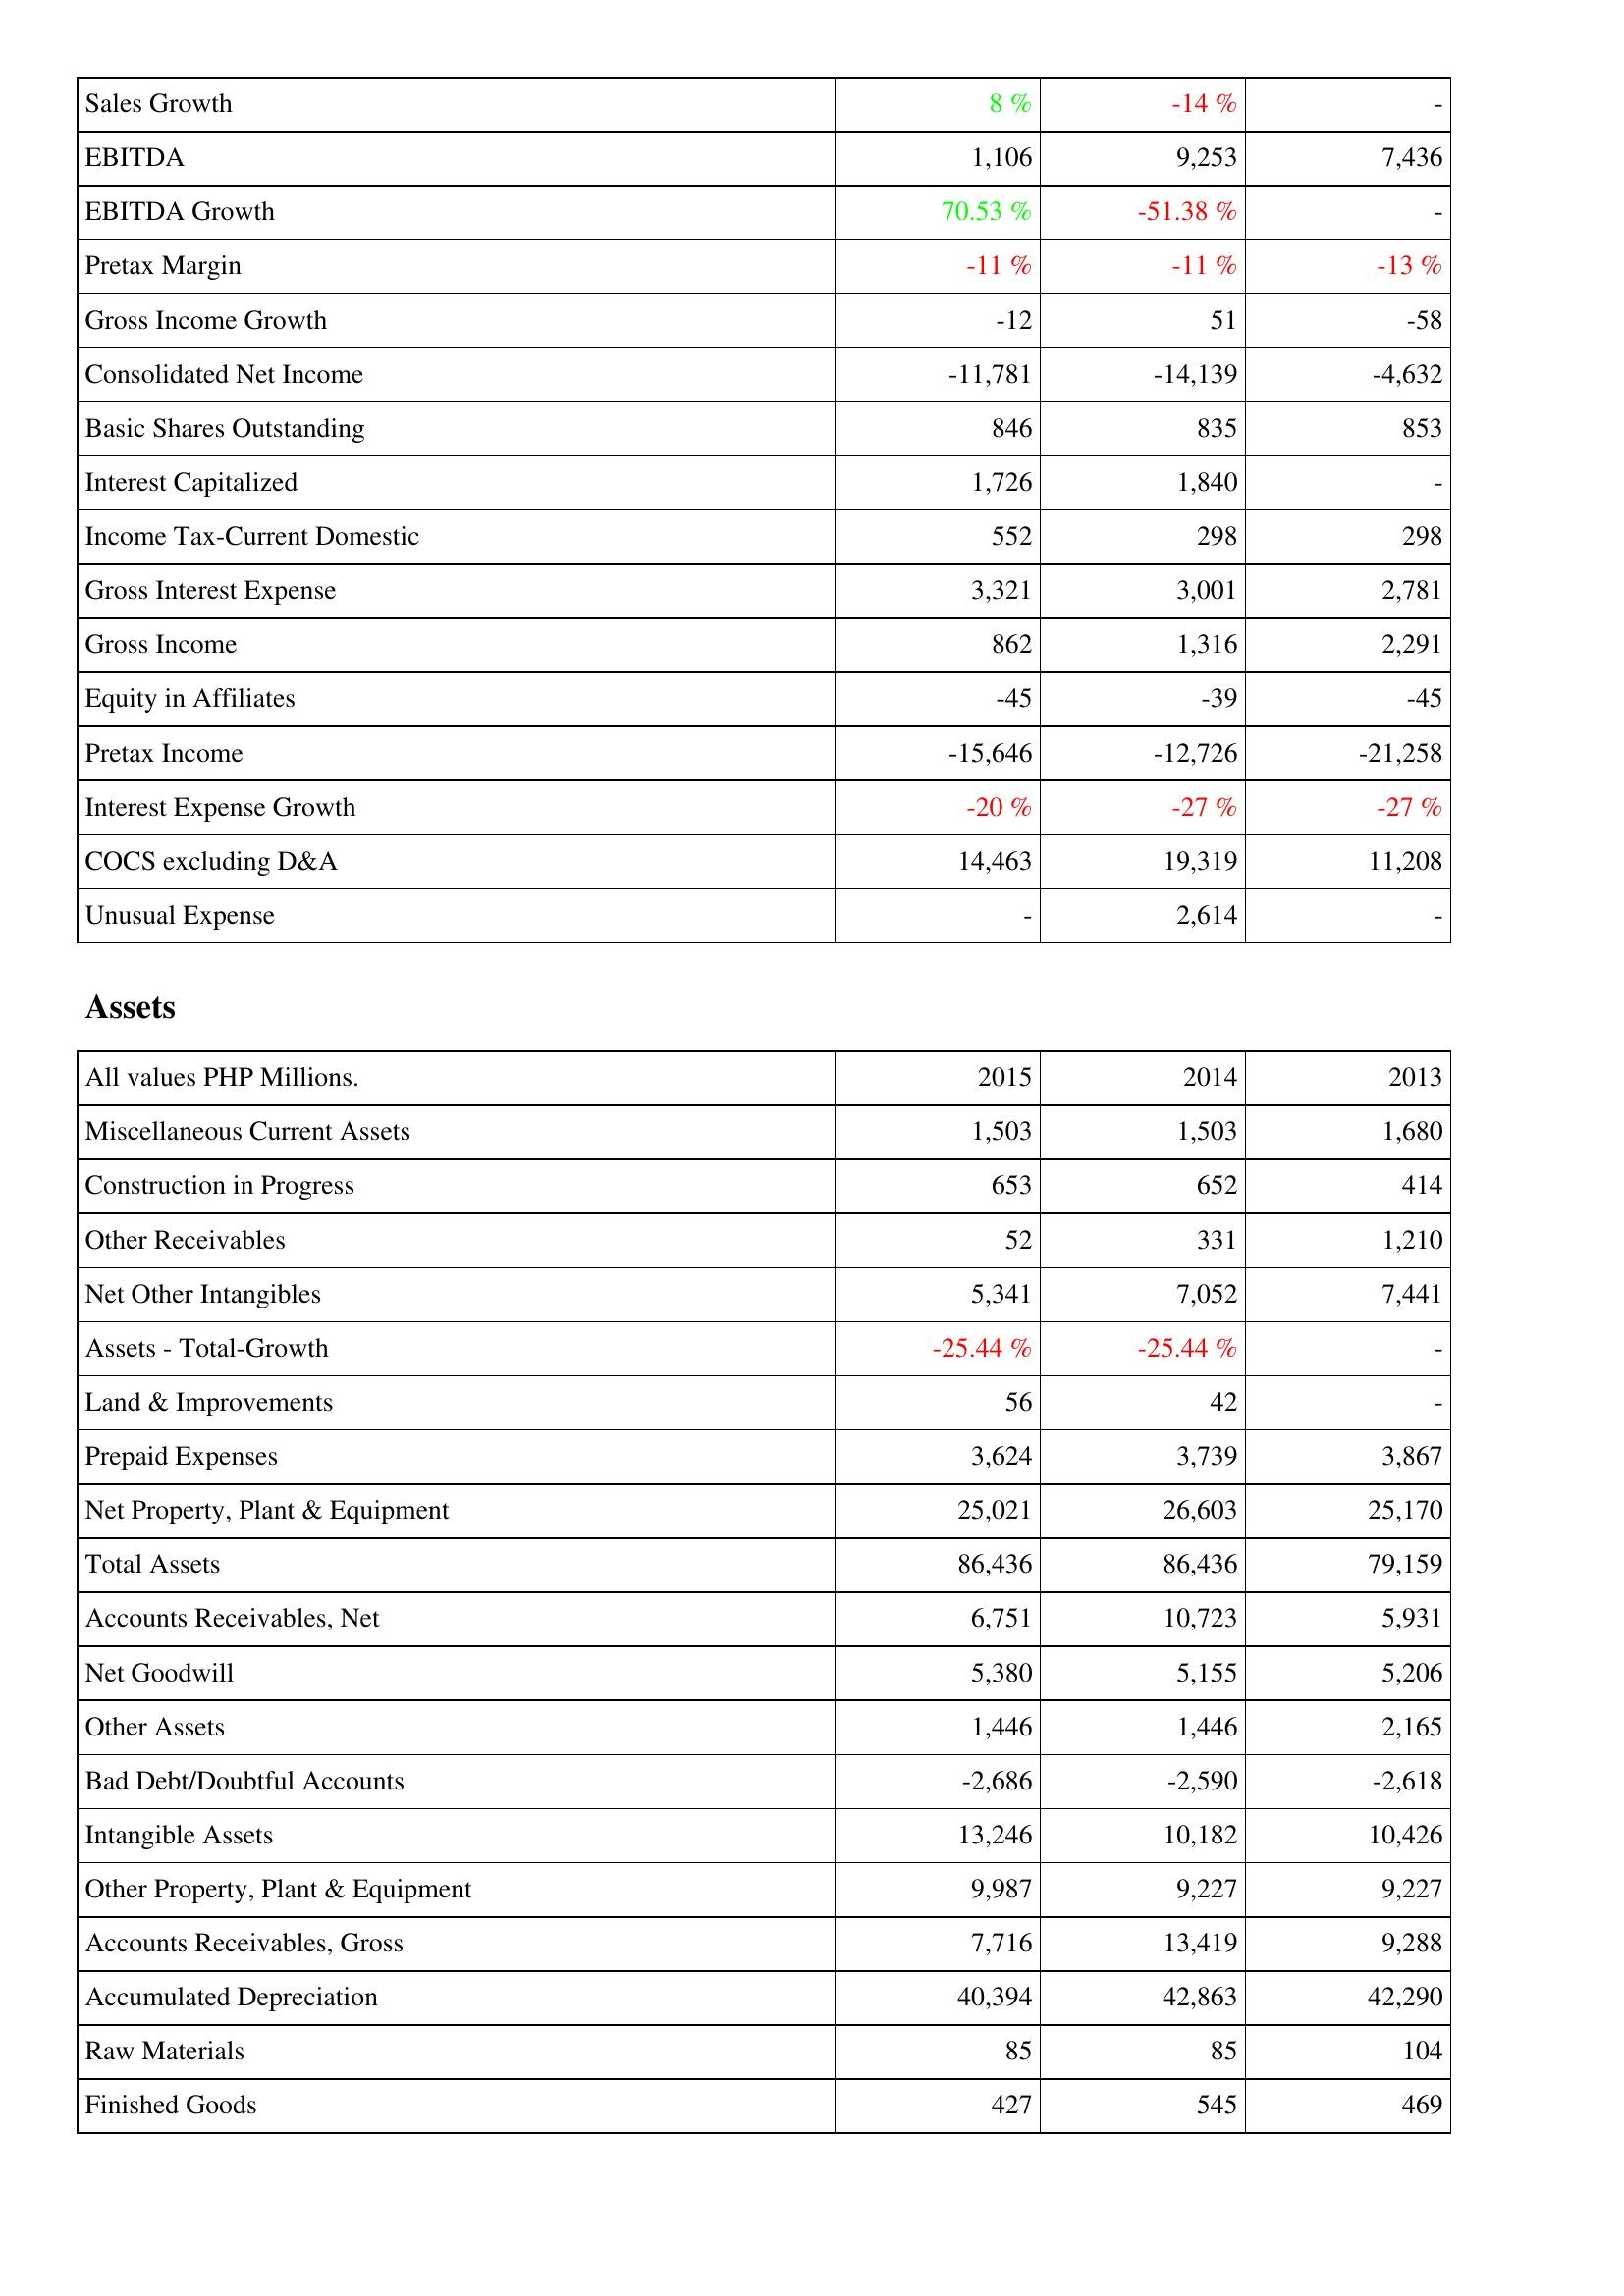
2015: Income Statement: Sales Growth: 8 %
EBITDA: 1,106
EBITDA Growth: 70.53 %
Pretax Margin: -11 %
Gross Income Growth: -12
Consolidated Net Income: -11,781
Basic Shares Outstanding: 846
Interest Capitalized: 1,726
Income Tax-Current Domestic: 552
Gross Interest Expense: 3,321
Gross Income: 862
Equity in Affiliates: -45
Pretax Income: -15,646
Interest Expense Growth: -20 %
COCS excluding D&A: 14,463
Unusual Expense: -
Assets: Miscellaneous Current Assets: 1,503
Construction in Progress: 653
Other Receivables: 52
Net Other Intangibles: 5,341
Assets - Total-Growth: -25.44 %
Land & Improvements: 56
Prepaid Expenses: 3,624
Net Property, Plant & Equipment: 25,021
Total Assets: 86,436
Accounts Receivables, Net: 6,751
Net Goodwill: 5,380
Other Assets: 1,446
Bad Debt/Doubtful Accounts: -2,686
Intangible Assets: 13,246
Other Property, Plant & Equipment: 9,987
Accounts Receivables, Gross: 7,716
Accumulated Depreciation: 40,394
Raw Materials: 85
Finished Goods: 427
2014: Income Statement: Sales Growth: -14 %
EBITDA: 9,253
EBITDA Growth: -51.38 %
Pretax Margin: -11 %
Gross Income Growth: 51
Consolidated Net Income: -14,139
Basic Shares Outstanding: 835
Interest Capitalized: 1,840
Income Tax-Current Domestic: 298
Gross Interest Expense: 3,001
Gross Income: 1,316
Equity in Affiliates: -39
Pretax Income: -12,726
Interest Expense Growth: -27 %
COCS excluding D&A: 19,319
Unusual Expense: 2,614
Assets: Miscellaneous Current Assets: 1,503
Construction in Progress: 652
Other Receivables: 331
Net Other Intangibles: 7,052
Assets - Total-Growth: -25.44 %
Land & Improvements: 42
Prepaid Expenses: 3,739
Net Property, Plant & Equipment: 26,603
Total Assets: 86,436
Accounts Receivables, Net: 10,723
Net Goodwill: 5,155
Other Assets: 1,446
Bad Debt/Doubtful Accounts: -2,590
Intangible Assets: 10,182
Other Property, Plant & Equipment: 9,227
Accounts Receivables, Gross: 13,419
Accumulated Depreciation: 42,863
Raw Materials: 85
Finished Goods: 545
2013: Income Statement: Sales Growth: -
EBITDA: 7,436
EBITDA Growth: -
Pretax Margin: -13 %
Gross Income Growth: -58
Consolidated Net Income: -4,632
Basic Shares Outstanding: 853
Interest Capitalized: -
Income Tax-Current Domestic: 298
Gross Interest Expense: 2,781
Gross Income: 2,291
Equity in Affiliates: -45
Pretax Income: -21,258
Interest Expense Growth: -27 %
COCS excluding D&A: 11,208
Unusual Expense: -
Assets: Miscellaneous Current Assets: 1,680
Construction in Progress: 414
Other Receivables: 1,210
Net Other Intangibles: 7,441
Assets - Total-Growth: -
Land & Improvements: -
Prepaid Expenses: 3,867
Net Property, Plant & Equipment: 25,170
Total Assets: 79,159
Accounts Receivables, Net: 5,931
Net Goodwill: 5,206
Other Assets: 2,165
Bad Debt/Doubtful Accounts: -2,618
Intangible Assets: 10,426
Other Property, Plant & Equipment: 9,227
Accounts Receivables, Gross: 9,288
Accumulated Depreciation: 42,290
Raw Materials: 104
Finished Goods: 469